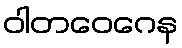
ဝါတဝေဂေန